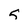
Character: 5